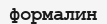
формалин